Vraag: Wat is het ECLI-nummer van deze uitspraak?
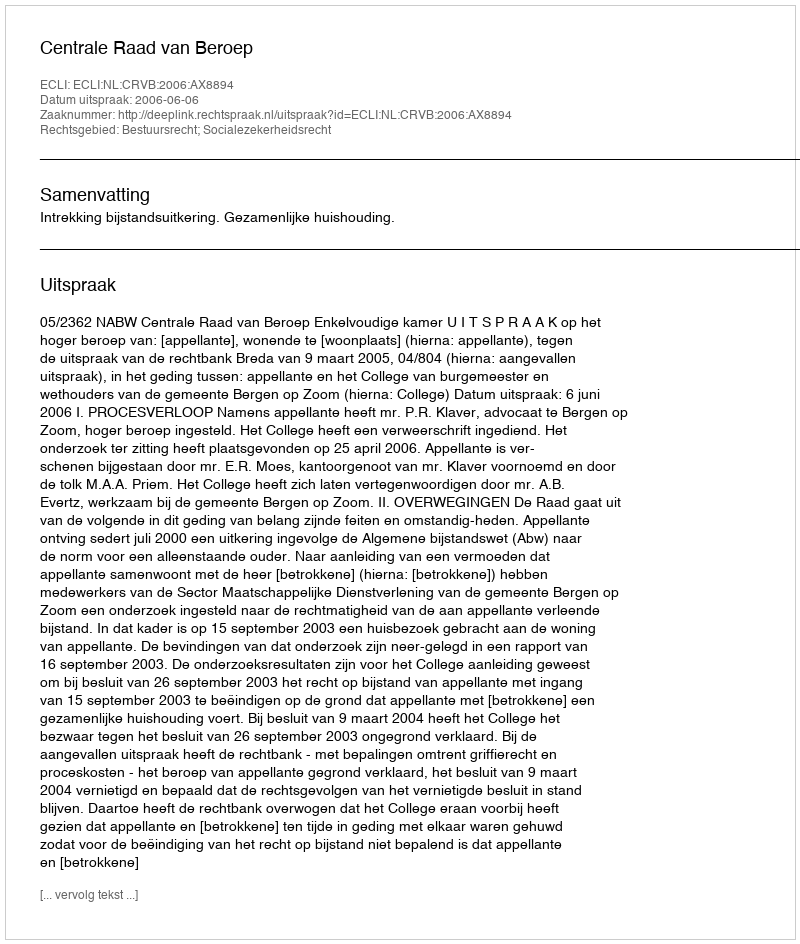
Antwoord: ECLI:NL:CRVB:2006:AX8894